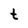
Character: t